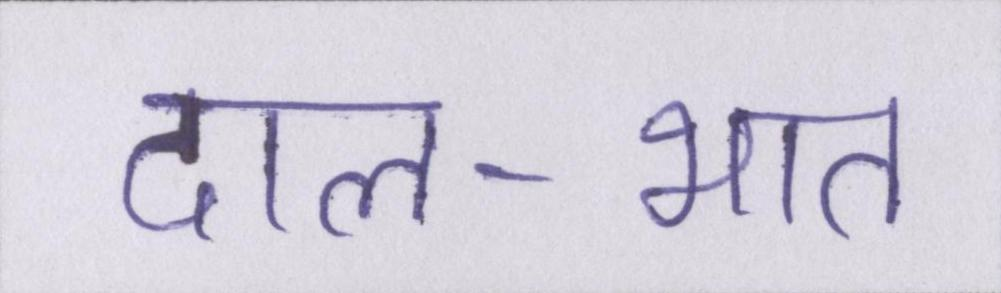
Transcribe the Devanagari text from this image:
दाल-भात